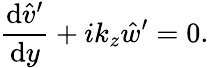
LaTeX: \frac{\mathrm{d}\hat{v}^{\prime}}{\mathrm{d}y}+ik_{z}\hat{w}^{\prime}=0.